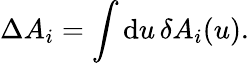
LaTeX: \Delta A_{i}=\int\mathrm{d}u\, \delta A_{i}(u).